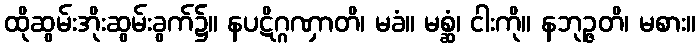
ထိုဆွမ်းအိုးဆွမ်းခွက်၌။ နပဋိဂ္ဂဏှာတိ၊ မခံ။ မစ္ဆံ၊ ငါးကို။ နဘုဉ္ဇတိ၊ မစား။